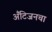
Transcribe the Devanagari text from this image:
अँटिजनचा